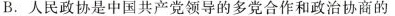
B.人民政协是中国共产党领导的多党合作和政治协商的